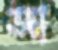
আ